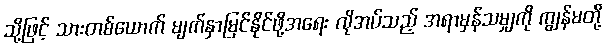
သို့ဖြင့် သားတစ်ယောက် မျက်နှာမြင်နိုင်ဖို့အရေး လိုအပ်သည့် အရာမှန်သမျှကို ကျွန်မတို့